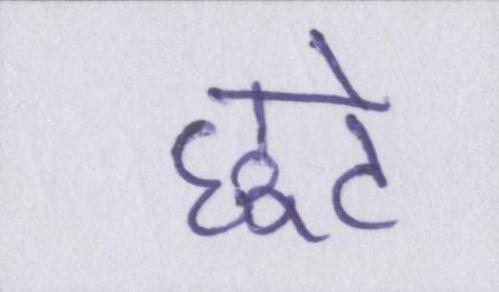
छूटे